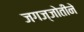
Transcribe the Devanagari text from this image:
जगज्जोतीने